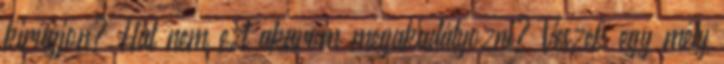
kirúgjon? Hát nem ezt akarom megakadályozni? Veszek egy mély